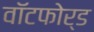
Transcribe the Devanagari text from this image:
वॉटफोर्ड